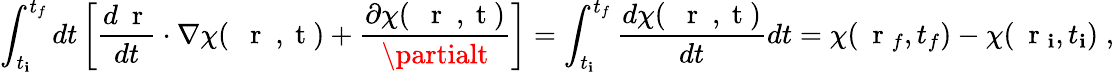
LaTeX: \int_{t_{\mathbf{i}}}^{t_{f}}dt\left[\frac{{d\mathrm{{~\mathbf{~}r~}}}}{{dt}}\cdot\nabla\chi(\mathrm{{~{~\mathbf{~}r~}~,~t~}})+\frac{{\partial\chi(\mathrm{{~{~\mathbf{~}r~}~,~t~}})}}{{\partialt}}\right]=\int_{t_{\mathbf{i}}}^{t_{f}}\frac{{d\chi(\mathrm{{~{~\mathbf{~}r~}~,~t~}})}}{{dt}}dt=\chi(\mathrm{{~\mathbf{~}r~}}_{f},t_{f})-\chi(\mathrm{{~\mathbf{~}r~}}_{\mathbf{i}},t_{\mathbf{i}})\; ,